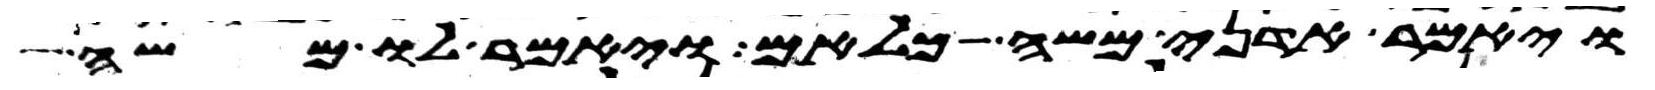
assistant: ויאמר אדני משה כלאם ויאמר לו משה